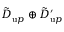
{ \tilde { D } } _ { { \textrm u p } } \oplus { \tilde { D } } _ { { \textrm u p } } ^ { \prime }